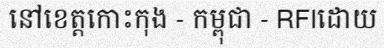
នៅខេត្តកោះកុង - កម្ពុជា - RFIដោយ